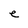
Character: e